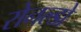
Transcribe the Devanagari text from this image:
रोनल्डो